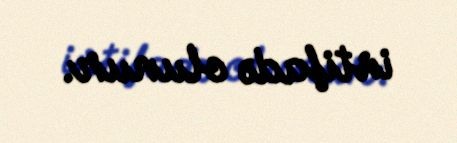
istifadə olunur.